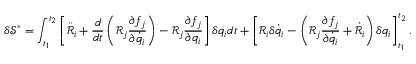
\delta \mathcal { S } ^ { * } = \int _ { t _ { 1 } } ^ { t _ { 2 } } \left[ \ddot { \mathcal { R } } _ { i } + \frac { d } { d t } \left( \mathcal { R } _ { j } \frac { \partial f _ { j } } { \partial \dot { q } _ { i } } \right) - \mathcal { R } _ { j } \frac { \partial f _ { j } } { \partial q _ { i } } \right] \delta { q } _ { i } d t + \left[ \mathcal { R } _ { i } \delta \dot { q } _ { i } - \left( \mathcal { R } _ { j } \frac { \partial f _ { j } } { \partial \dot { q } _ { i } } + \dot { \mathcal { R } } _ { i } \right) \delta { q } _ { i } \right] _ { t _ { 1 } } ^ { t _ { 2 } } .